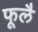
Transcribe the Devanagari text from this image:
फूलै